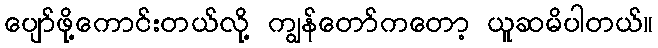
ပျော်ဖို့ကောင်းတယ်လို့ ကျွန်တော်ကတော့ ယူဆမိပါတယ်။